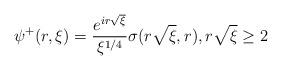
LaTeX: \begin{align*} \psi^{+}(r,\xi) = \frac{e^{i r \sqrt{\xi}}}{\xi^{1/4}} \sigma(r\sqrt{\xi},r), r \sqrt{\xi} \geq 2\end{align*}